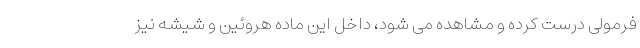
فرمولی درست کرده و مشاهده می شود، داخل این ماده هروئین و شیشه نیز